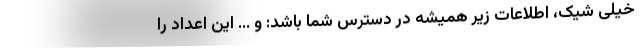
خیلی شیک، اطلاعات زیر همیشه در دسترس شما باشد: و ... این اعداد را